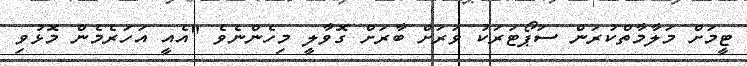
ޓީމަށް މަލާމާތްކުރަން ސަޕޯޓަރަކު ވަރަށް ބާރަށް ގޮވާލީ މިހެންނެވެ "އެއީ އަހަރެމެން މޮޅުވި